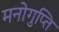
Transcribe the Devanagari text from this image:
मनोगुप्ति